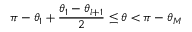
\pi - \theta _ { 1 } + \frac { \theta _ { 1 } - \theta _ { l + 1 } } { 2 } \le \theta < \pi - \theta _ { M }